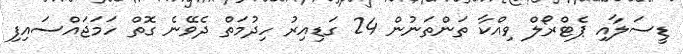
ޑީސަލާއި ޕެޓްރޯލް ވިއްކާ ތަންތަނުން 24 ގަޑިއިރު ހިދުމަތް ދެވޭނެ ގޮތް ހަމަޖައްސައިފި